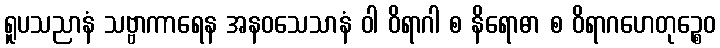
ရူပသညာနံ သဗ္ဗာကာရေန အနဝသေသာနံ ဝါ ဝိရာဂါ စ နိရောဓာ စ ဝိရာဂဟေတုဉ္စေဝ